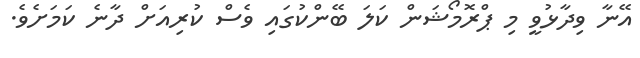
އޭނާ ވިދާޅުވީ މި ޕްރޮމޯޝަން ކަލަ ބޭންކުގައި ވެސް ކުރިއަށް ދާނެ ކަމަށެވެ.